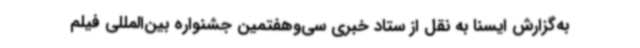
به‌گزارش ایسنا به نقل از ستاد خبری سی‌وهفتمین جشنواره بین‌المللی فیلم